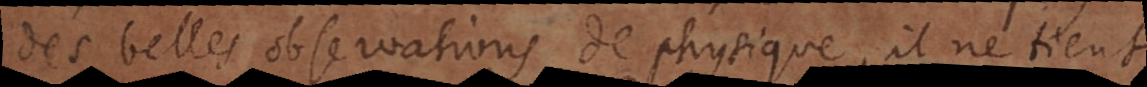
des belles observations de physique, il ne tient